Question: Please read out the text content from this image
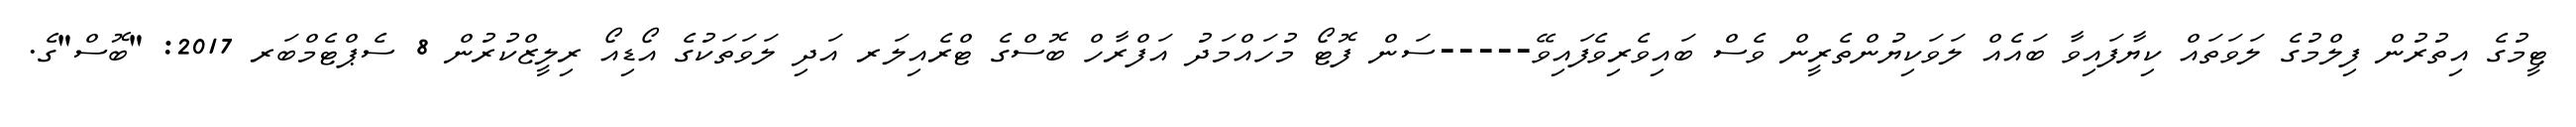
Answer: ޓީމުގެ އިތުރުން ފިލްމުގެ ލަވަތައް ކިޔާފައިވާ ބައެއް ލަވަކިޔުންތެރީން ވެސް ބައިވެރިވެފައިވޭ-----ސަން ފޮޓޯ މުހައްމަދު އަފްރާހް ބޮސްގެ ޓްރެއިލަރ އަދި ލަވަތަކުގެ އޯޑިއޯ ރިލީޒްކުރުން 8 ސެޕްޓެމްބަރ 2017: "ބޮސް"ގެ.